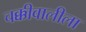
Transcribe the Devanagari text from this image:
चक्कीवालीला